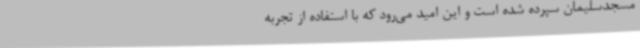
مسجدسلیمان سپرده شده است و این امید می‌رود که با استفاده از تجربه